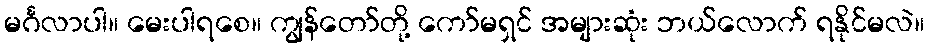
မင်္ဂလာပါ။ မေးပါရစေ။ ကျွန်တော်တို့ ကော်မရှင် အများဆုံး ဘယ်လောက် ရနိုင်မလဲ။